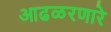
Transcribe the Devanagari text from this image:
आढळरणारे